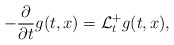
\begin{align*}-\frac\partial{\partial t}g(t,x)=\mathcal{L}_t^+ g(t,x),\end{align*}